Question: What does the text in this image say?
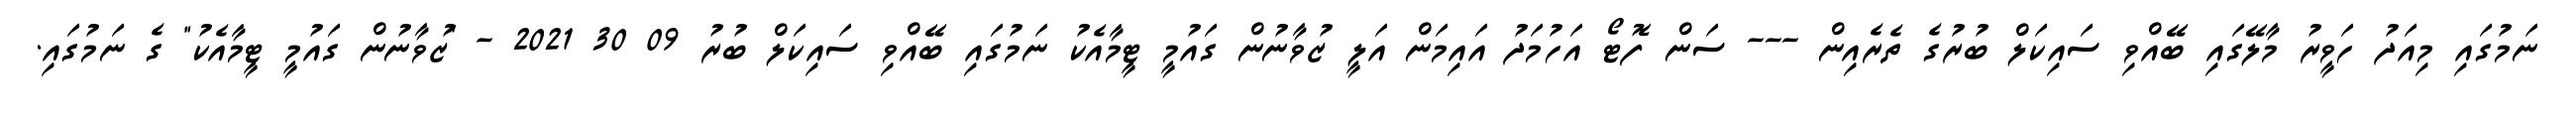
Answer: ނަމުގައި މިއަދު ހަވީރު މާލޭގައި ބޭއްވި ސައިކަލް ބުރުގެ ތެރެއިން --- ސަން ފޮޓޯ އަހުމަދު އައިމަން އަލީ ޒުވާނުން ގައުމީ ޓީމާއެކު ނަމުގައި ބޭއްވި ސައިކަލް ބުރު 09 30 2021 - "ޒުވާނުން ގައުމީ ޓީމާއެކު" ގެ ނަމުގައި.